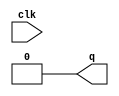

module pos_edge_detect (input clk, 
			output q);

	wire clk_not;
	not #1 (clk_not, clk);
	and (q, clk, clk_not);

	/*
		THIS EFFECT CAN ALSO BE ACHIEVED BY A
		CAPACITOR AND A RESISTOR
	*/

endmodule

module d_flip_flop (input d, clk,
			output q, q_);

	wire pos_edge, d_not, s, r;
	pos_edge_detect edge_trigger (clk, pos_edge);
	
	not (d_not, d);
	and (r, pos_edge, d_not);
	and (s, pos_edge, d);

	nor (q, r, q_);
	nor (q_, s, q);

endmodule